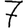
Digit: 7